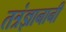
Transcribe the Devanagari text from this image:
तत्रंज्ञानानी